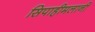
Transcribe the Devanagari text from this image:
सिपाहीमलानी